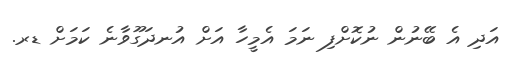
އަދި އެ ބޭނުން ނުކޮށްފި ނަމަ އެމީހާ އަށް އުނދަގޫވާނެ ކަމަށް ޑރ.